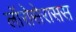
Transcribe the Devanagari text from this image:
लॉरोसेरासस